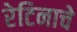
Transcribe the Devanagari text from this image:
रेटिनाचे